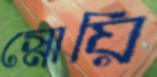
স্নোয়ি